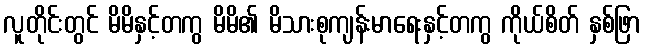
လူတိုင်းတွင် မိမိနှင့်တကွ မိမိ၏ မိသားစုကျန်းမာရေးနှင့်တကွ ကိုယ်စိတ် နှစ်ဖြာ